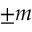
\pm m